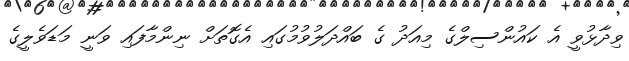
ވިދާޅުވީ އެ ކައުންސިލްގެ މިއަދު ގެ ބައްދަލުވުމުގައި އެގޮތަށް ނިންމާފައި ވަނީ މަޑަވެލީގެ